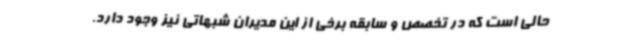
حالی است که در تخصص و سابقه برخی از این مدیران شبهاتی نیز وجود دارد.